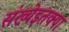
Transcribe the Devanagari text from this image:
संख्येइतक्या